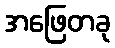
အဖြေတခု